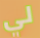
لي